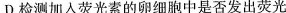
D.检测加入荧光素的卵细胞中是否发出荧光